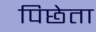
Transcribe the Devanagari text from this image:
पिछेता